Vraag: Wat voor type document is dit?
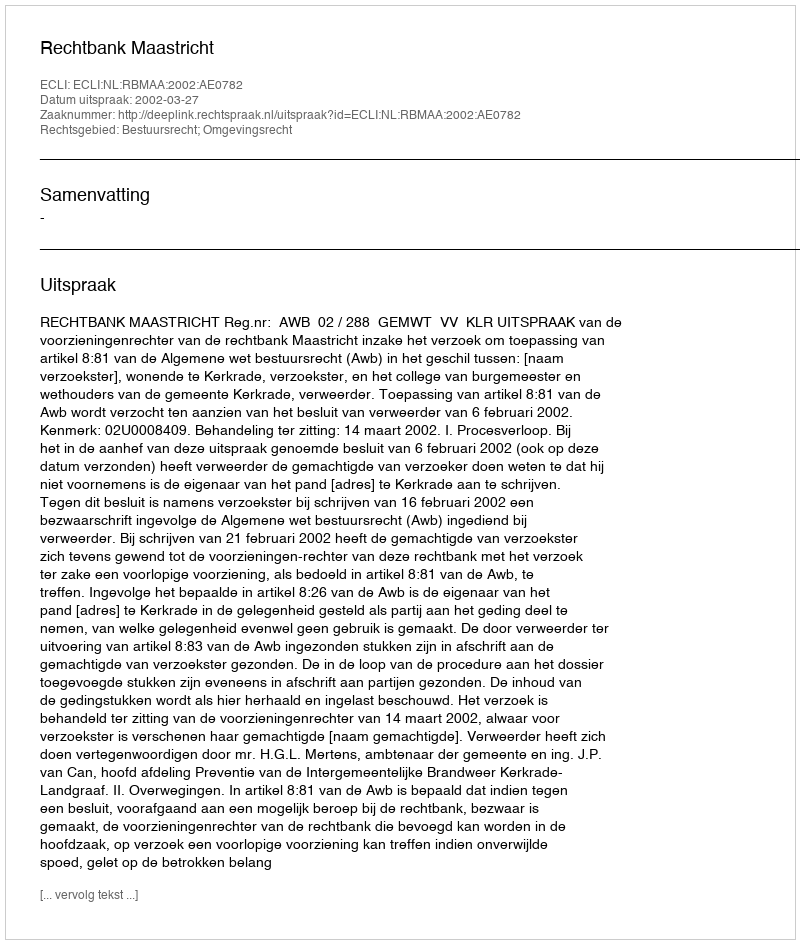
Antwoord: Uitspraak